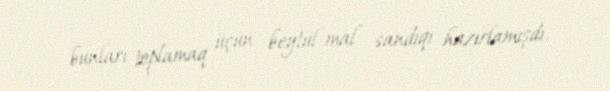
bunları toplamaq üçün beytül-mal sandıqı hazırlamışdı.